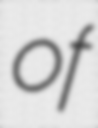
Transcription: of